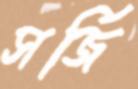
সর্জি